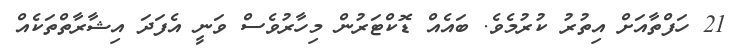
21 ހަފްތާއަށް އިތުރު ކުރުމެވެ. ބައެއް ޑޮކްޓަރުން މިހާރުވެސް ވަނީ އެފަދަ އިޝާރާތްތަކެއް